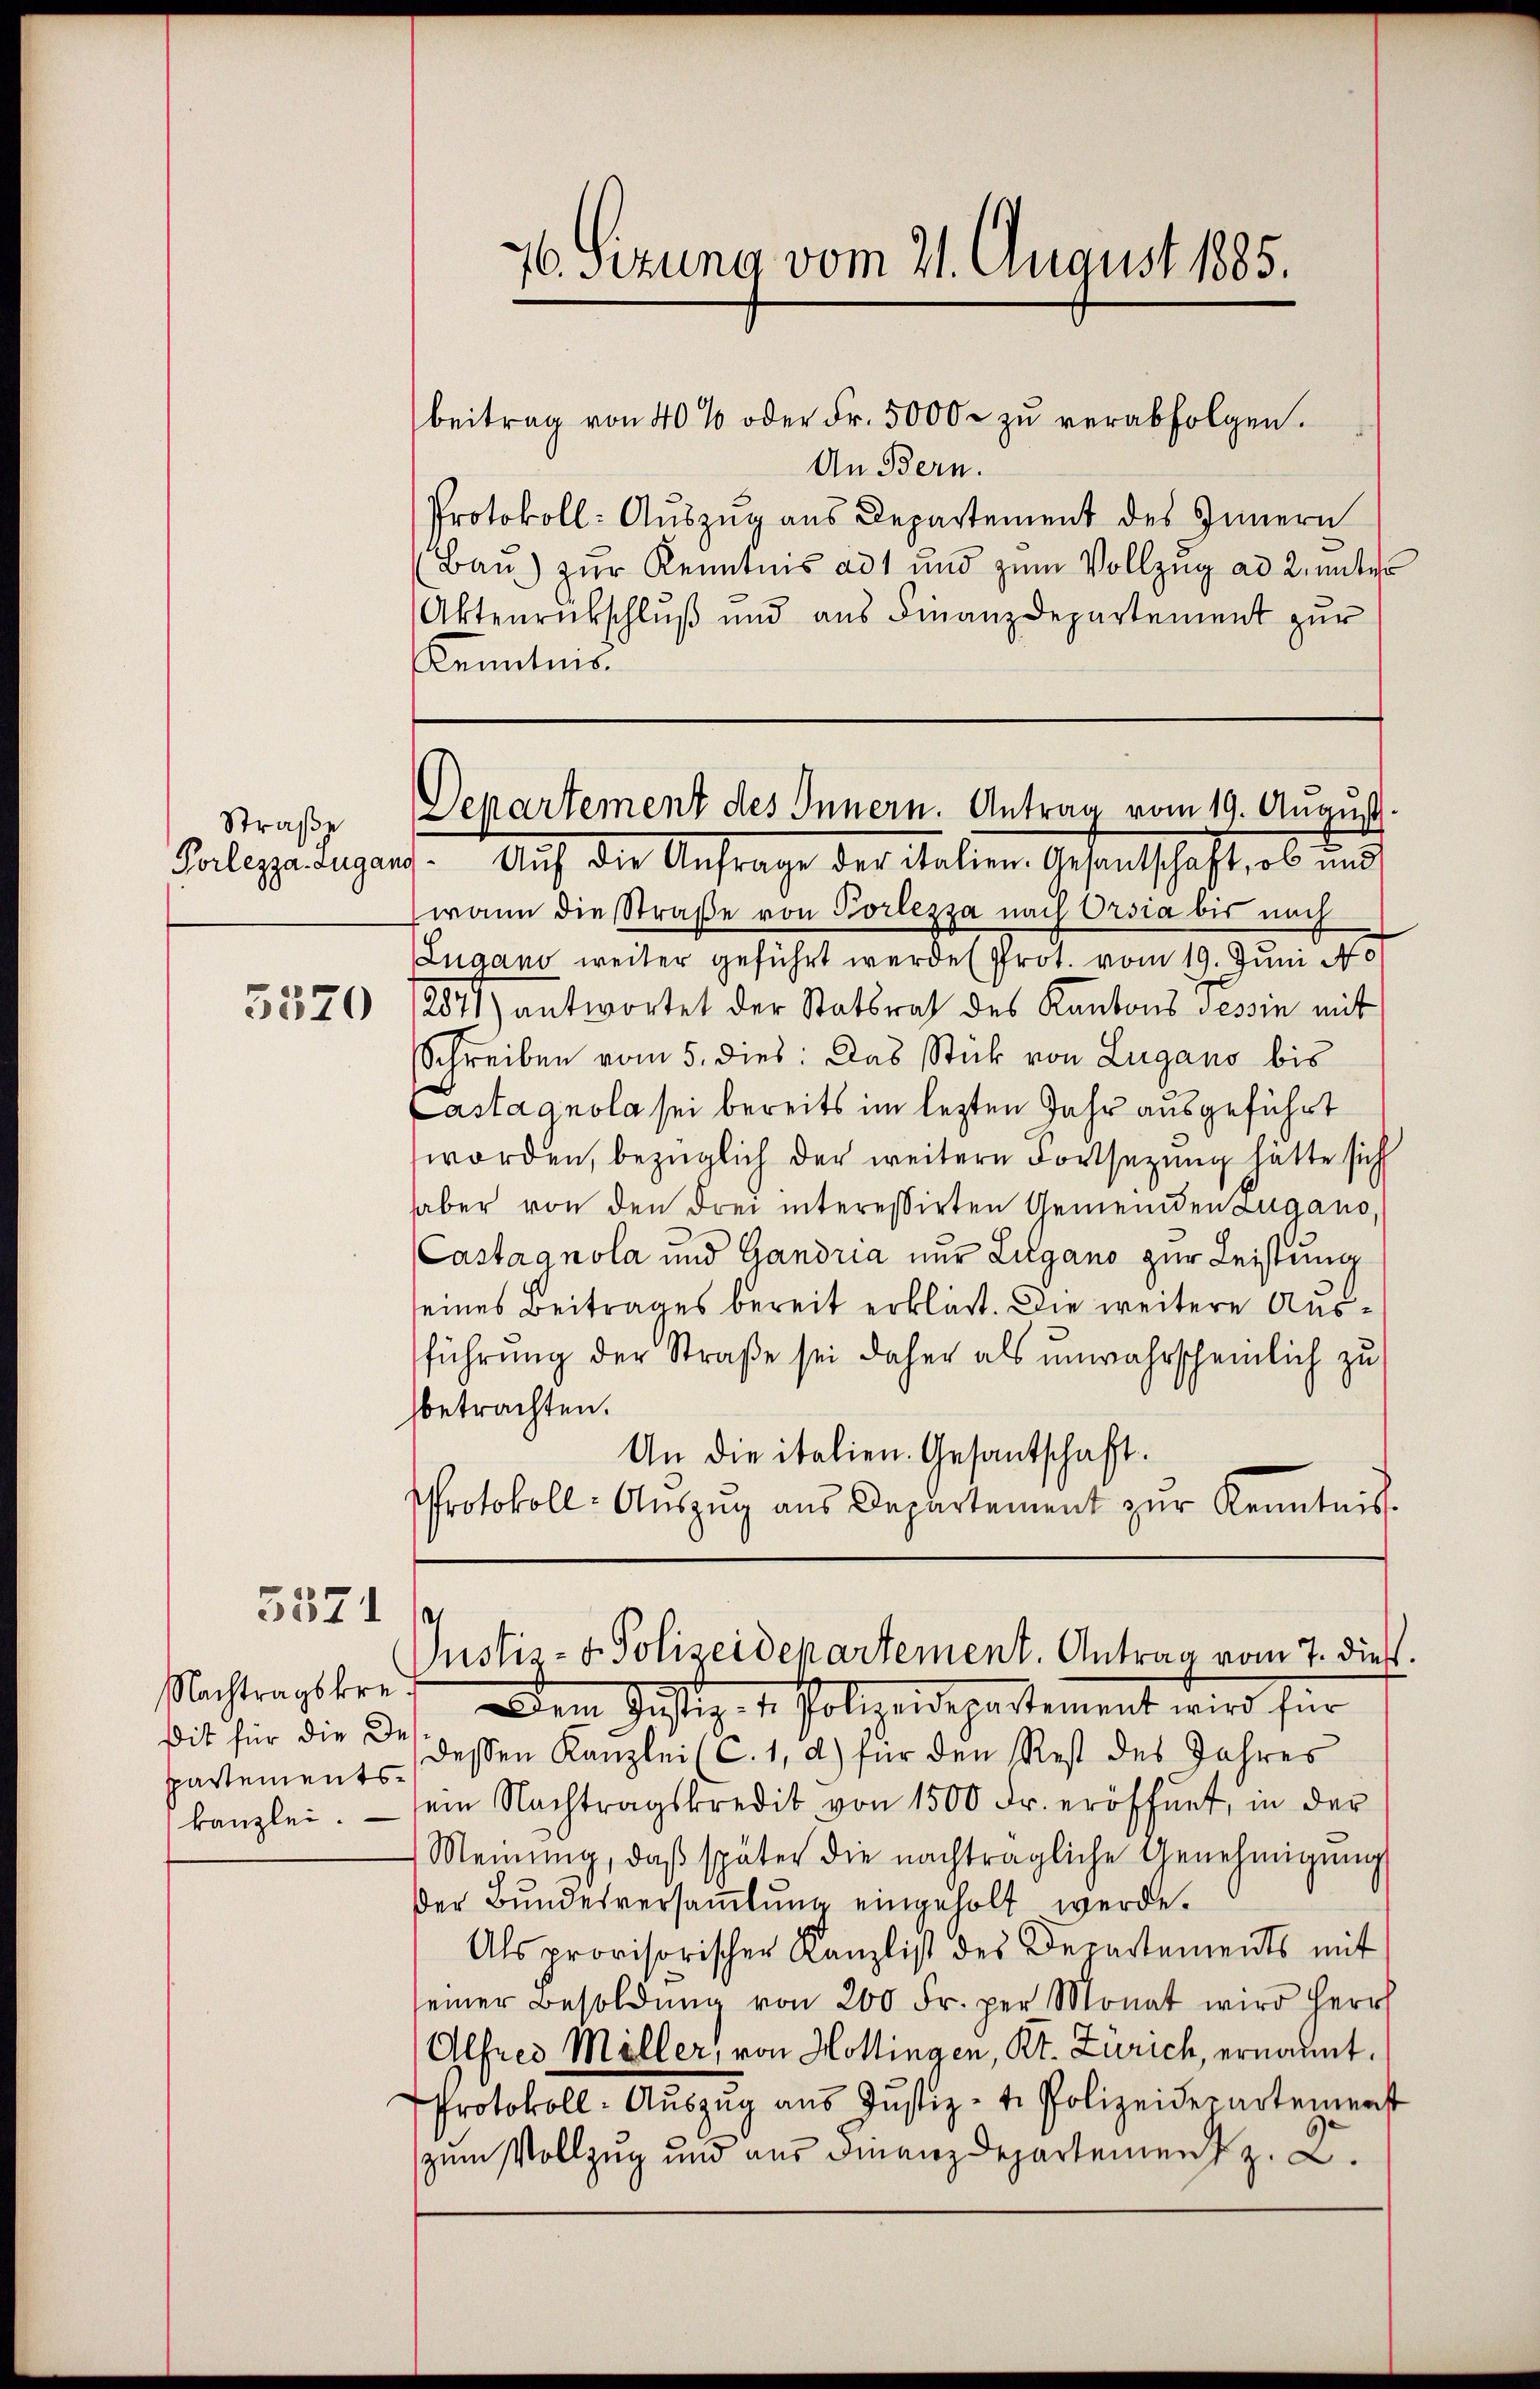
Straße
Porlezza. Zugano

3320

5371 f.

Nachtragskre
Dit für die De
partement
kanzlei.

76. Sizung vom 21. August 1885.

beitrag von 40% oder Fr. 5000 zu verabfolgen.
An Bern.
Protokoll: Auszug aus Departement des Innern
Bau) zur Kenntnis ad und zum Vollzug ad 2, unter
Aktenrückschluß und aus Finanzdepartement zur
Kenntens

Departement des Innern. Antrag vom 19. August.

Auf die Anfrage der Salien. Gesandtschaft, es und
wann die Straße von Porlezza nach Orsia bis nach
Lugano weiter geführt werden Prot. vom 19. Juni N
2871) antwortet der Statsrat des Kantons Tessin mit
Schreiben vom 5. dies: Das Stick von Lugano bis
Lastagnola sei bereits im lezten Jahr ausgeführt
worden, bezüglich der weitere Fortsetzung hätte sich
haber von den drei interessirten Gemeinden Lugano,
Castagnola und Gandria nur Lugano zur Leistung
eines Beitrages bereit erklärt. Die weitere Ausführung der Straße sei daher als unwahrscheinlich zu
betrachten.
An die italien. Gesantschaft.
Protokoll- Aŭszŭg aŭs Departement zŭr Kenntnis.
Justiz- & Polizeidepartement. Antrag vom 7. dieß.
Dem Justiz- & Polizeidepartement wird für
dessen Kanzlei (C. 1, d) für den Rest des Jahres
ein Nachtragskredit von 1500 Fr. eröffnet, in der
Meinŭng, daβ später die nachträgliche Genehmigŭng
der Bundesversamlung eingeholt werde.
Als provisorischen Kanzlist des Departements mit
einer Besoldŭng von 200 Fr. per Monat wird herrs
Alfred Müller, von Hottingen, Kt. Zürich, ernannt.
Protokoll-Auszug aus Justiz - t. Polizeidepartement
zum Vollzug und aus Finanzdepartement z. K.